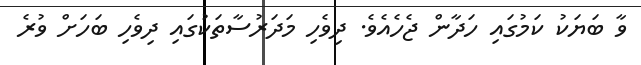
ވާ ބަޔަކު ކަމުގައި ހަދާން ޖެހެއެވެ. ދިވެހި މަދަރުސާތަކުގައި ދިވެހި ބަހަށް ވުރެ